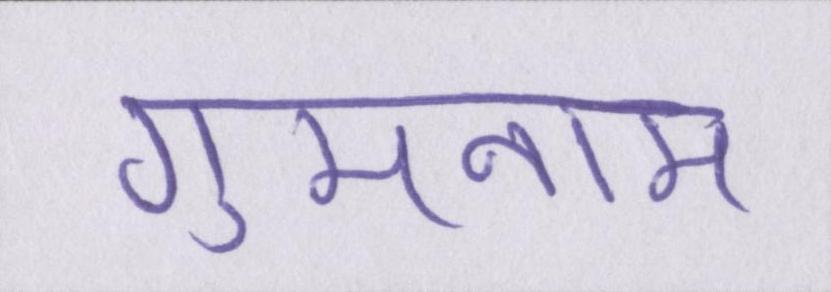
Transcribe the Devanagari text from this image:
गुमनाम